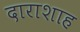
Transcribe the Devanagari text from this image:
दाराशाह